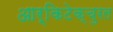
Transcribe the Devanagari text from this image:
आर्किटेक्चुरल